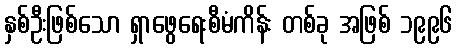
နှစ်ဦးဖြစ်သော ရှာဖွေရေးစီမံကိန်း တစ်ခု အဖြစ် ၁၉၉၆